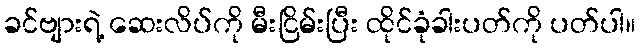
ခင်ဗျားရဲ့ ဆေးလိပ်ကို မီးငြိမ်းပြီး ထိုင်ခုံခါးပတ်ကို ပတ်ပါ။